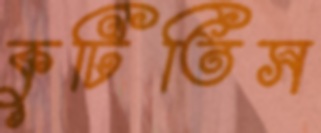
কুটিতিস